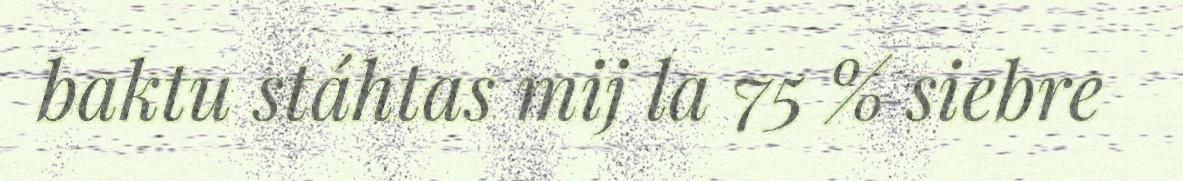
baktu stáhtas mij la 75 % siebre